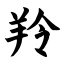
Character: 羚